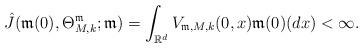
LaTeX: \begin{align*}\hat{J}(\mathfrak{m}(0),\Theta^{\mathfrak{m}}_{M,k};\mathfrak{m}) = \int_{\mathbb{R}^{d}} V_{\mathfrak{m},M,k}(0,x) \mathfrak{m}(0)(dx) < \infty.\end{align*}